Report on sanitation, dispensaries, and jails in Rajputana for 1916, and on vaccination for the year 1916-1917 - 1916-1917
Year: 1916
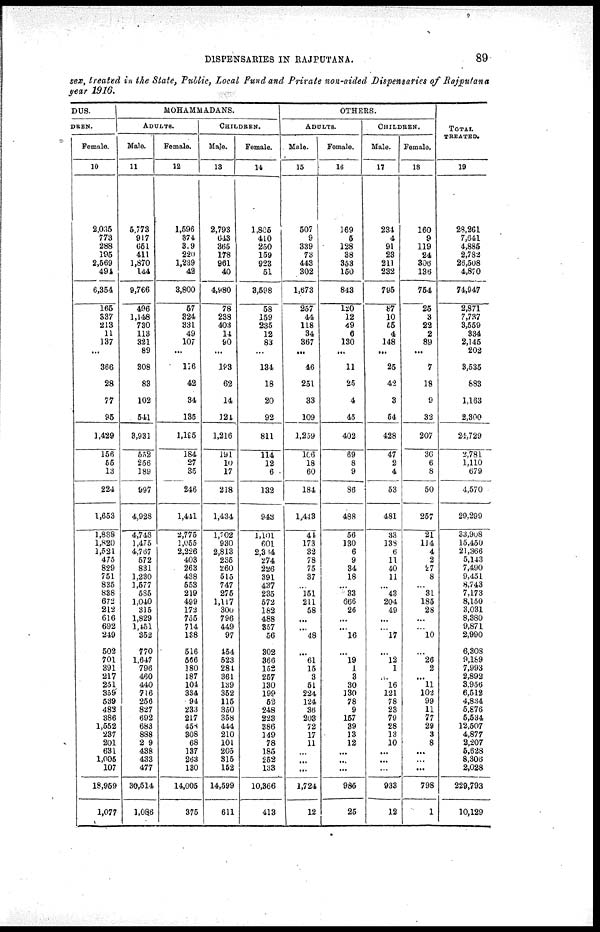
DISPENSARIES IN RAJPUTANA.
89
sex, treated in the State, Public, Local Fund and Private non-aided Dispensaries of Rajputana
year 1916.
DUS.
DREN.
Female.
10
2,035
773
288
195
2,569
494
6,354
165
337
213
11
137
...
366
28
77
95
1,429
156
55
13
224
1,653
1,888
1,820
1,521
475
829
751
835
838
672
212
616
692
249
502
701
391
217
251
359
539
482
386
1,552
237
201
631
1,005
107
18,959
1,077
MOHAMMADANS.
ADULTS.
Male.
11
5,773
917
651
411
1,870
144
9,766
496
1,148
730
113
321
89
308
83
102
541
3,931
552
256
189
997
4,928
4,748
1,475
4,767
572
831
1,230
1,577
585
1,040
315
1,829
1,451
352
770
1,647
796
460
440
716
256
827
692
683
838
2 9
438
433
477
30,514
1,086
Female.
12
1,596
374
39
220
1,239
42
3,800
57
324
331
49
107
...
116
42
34
135
1,195
184
27
35
246
1,411
2,775
1,055
2,226
403
263
438
553
219
499
172
755
714
138
516
566
180
187
104
334
94
233
217
458
308
68
137
263
130
14,005
375
CHILDREN.
Male.
13
2,793
643
365
178
961
40
4,980
78
238
403
14
90
...
193
62
14
121
1,216
191
10
17
218
1,434
1,702
930
2,813
235
260
515
747
275
1,117
300
796
449
97
454
523
284
361
139
352
115
350
358
444
210
101
205
315
152
14,599
611
Female.
14
1,806
410
250
159
923
51
3,598
58
159
235
12
83
...
184
18
20
92
811
114
12
6
132
943
1,101
601
2,384
274
226
391
437
235
572
182
488
557
56
302
366
152
257
130
199
52
248
223
386
149
78
185
252
133
10,366
413
OTHERS.
ADULTS.
Male.
15
507
9
339
73
443
302
1,673
257
44
118
34
367
...
46
251
33
109
1,259
106
18
60
184
1,443
44
173
32
78
75
37
...
151
211
58
...
...
48
...
61
15
3
51
224
124
36
203
72
17
11
...
...
...
1,724
12
Female.
16
169
5
128
38
353
150
843
120
12
49
6
130
...
11
25
4
45
402
69
8
9
86
488
56
130
6
9
34
18
...
33
666
26
...
...
16
...
19
1
3
30
130
78
9
157
39
13
12
...
...
...
985
25
CHILDREN.
Male.
17
234
4
91
23
211
232
795
87
10
55
4
148
...
25
42
3
54
428
47
2
4
53
481
33
138
6
11
40
11
...
43
204
49
...
...
17
...
12
1
...
16
121
78
23
79
28
13
10
...
...
...
933
12
Female.
18
160
9
119
24
306
136
764
25
3
22
2
89
...
7
18
9
32
207
36
6
8
50
257
21
114
4
2
27
8
...
31
185
28
...
...
10
...
26
2
...
11
102
99
11
77
29
3
8
...
...
...
798
1
TOTAL
TREATED.
19
28,261
7,641
4,885
2,782
26,508
4,870
74,947
2,871
7,737
3,559
334
2,145
202
3,535
883
1,163
2,300
21,729
2,781
1,110
679
4,570
29,299
33,908
15,450
21,366
5,143
7,490
9,451
8,743
7,173
8,150
3,031
8,380
9,871
2,990
6,308
9,189
7,993
2,892
3,956
6,512
4,834
5,876
5,534
12.507
4,877
2,207
5,628
8,306
2,028
229,793
10,129